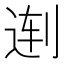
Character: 𱐜